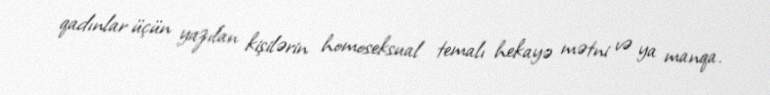
qadınlar üçün yazılan kişilərin homoseksual temalı hekayə mətni və ya manqa.